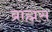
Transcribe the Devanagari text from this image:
ब्राह्मस